system: You are a helpful assistant.
user:
Analyze the provided spectrum to determine if it is a **S-type Star**.

- **Key Indicators for S-type Star:**

    - **(Overall Spectrum Shape):** The first and most obvious characteristic is the overall continuum (the "baseline" shape). It is **extremely "red-sloping,"** meaning the flux (light intensity) is very low on the left side (blue, ~4000-4500 Å) and rises steeply and continuously toward the right side (red, ~7000 Å+).

    - **(Primary):** The spectrum is defined by the presence of strong, broad molecular absorption "valleys" (bands) from **Zirconium Oxide (ZrO)**. The identification of these bands is the **primary requirement** for classifying a star as S-type.
        - **(Key Bandheads):** You must find distinct, deep "dips" where the light has been absorbed. The most critical band systems to locate are:
            - **~6474 Å** ($\gamma$-system): This is often the strongest and clearest ZrO feature, found in the red part of the spectrum.
            - **~5718 Å** & **~5551 Å** ($\beta$-system): A pair of prominent absorption features in the yellow-orange part of the spectrum.
            - **~4640 Å** ($\alpha$-system): A key absorption band system in the blue-green region of the spectrum.

    - **(Secondary Confirmation):** The classification is strengthened by finding additional absorption bands from other related heavy element oxides, which are expected to be present alongside ZrO.
        - **(Key Bandheads):**
            - **Yttrium Oxide (YO):** Look for absorption dips near **~4800 Å** and **~6100 Å**.
            - **Lanthanum Oxide (LaO):** Additional absorption features, particularly in the red-orange part of the spectrum, are also characteristic.

    - **(Line Profile):** The combination of the steep red continuum and these numerous, deep molecular bands (ZrO, YO, etc.) gives the entire spectrum a very **"chopped-up"** or **"bumpy"** appearance. Instead of a smooth curve, the spectrum looks as though large, wide chunks of light have been "carved out" of it at the specific wavelengths listed above.

Think first, call **spectral_visualization_tool** if needed to examine features in detail, then provide your final answer. Your response must adhere to the following strict rules:
1.  **Overall Structure:** Your response must follow the format `<think>...</think> <tool_call>...</tool_call> (if a tool is used) <answer>...</answer>`.
2.  **Tool Usage Constraint:** You may only make **one** tool call per turn.
3.  **Final Answer Format:** In the `<answer>` tag, your conclusion must be inside a `\boxed{}` command (e.g., `\boxed{YES}` or `\boxed{NO}`), followed by your justification.

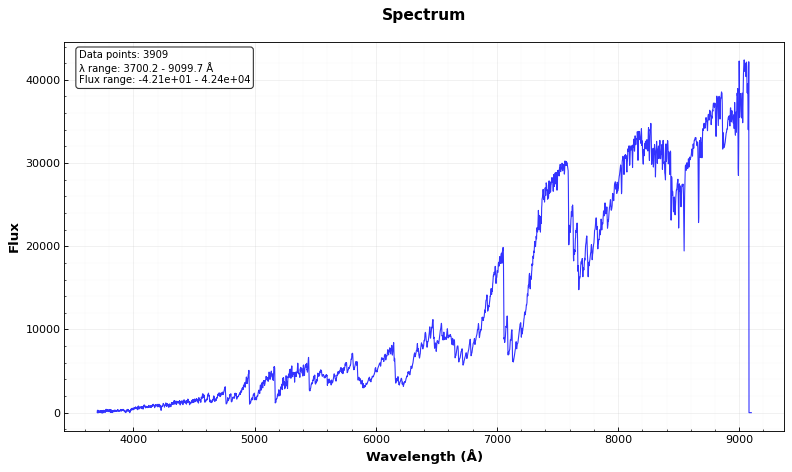
Answer: YES